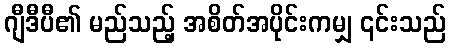
ဂျီဒီပီ၏ မည်သည့် အစိတ်အပိုင်းကမျှ ၎င်းသည်